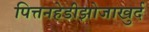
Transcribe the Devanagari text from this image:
पित्तनहेडीझोजाखुर्द